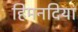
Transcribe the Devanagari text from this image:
हिमनदियां